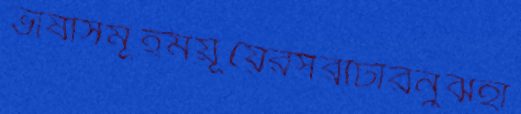
ভাষাসমূহময়ূয়েরসরাটারনুঝহা